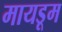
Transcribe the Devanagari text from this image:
मायडूम